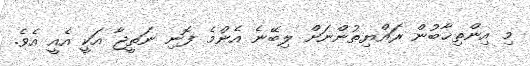
މި އިންތިޚާބުން ރައްޔިތުންނަށް ލިބޭނެ އެންމެ ފޮނި ނަތީޖާ އަކީ އެއީ އެވެ.